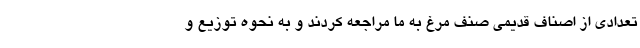
تعدادی از اصناف قدیمی صنف مرغ به ما مراجعه کردند و به نحوه توزیع و